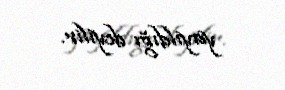
yayıldığı deyilir.